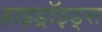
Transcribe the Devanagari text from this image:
हाइड्रॉइड्स